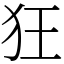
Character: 狂